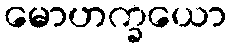
မောဟက္ခယော